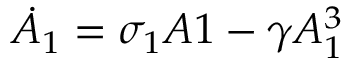
\dot { A } _ { 1 } = \sigma _ { 1 } A 1 - \gamma A _ { 1 } ^ { 3 }